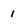
Character: 1